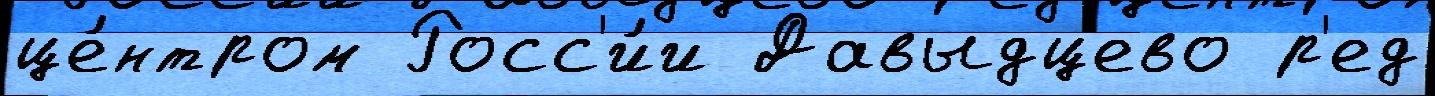
це́нтром Росс'и́и Давыдцево р'ед